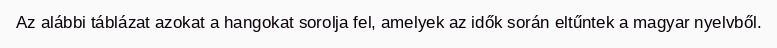
Az alábbi táblázat azokat a hangokat sorolja fel, amelyek az idők során eltűntek a magyar nyelvből.